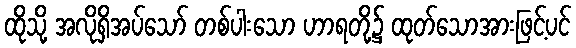
ထိုသို့ အလိုရှိအပ်သော် တစ်ပါးသော ဟာရတို့၌ ထုတ်သောအားဖြင့်ပင်